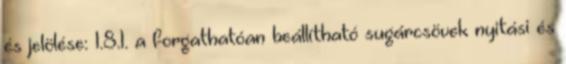
és jelölése: 1.8.1. a forgathatóan beállítható sugárcsövek nyitási és